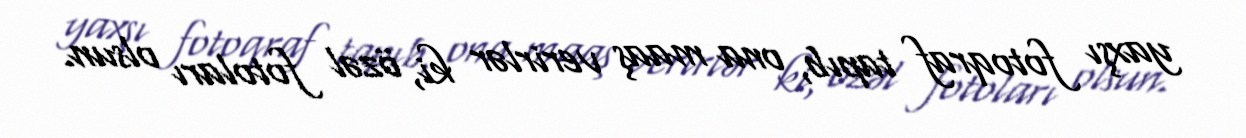
yaxşı fotoqraf tapıb, ona maaş verirlər ki, özəl fotoları olsun.